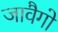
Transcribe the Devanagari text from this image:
जावैगो